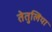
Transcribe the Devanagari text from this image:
तेतुलिया